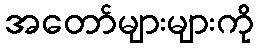
အတော်များများကို